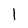
Character: 1